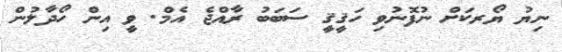
ނިޔު ޔޯރކަށް ނުފޮނުވި ހަޤީޤީ ސަބަބު ރާއްޖެ އެމް. ވީ އިން ހޯދާލުން